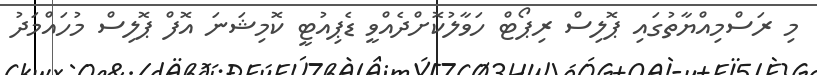
މި ރަސްމިއްޔާތުގައި ޕޮލިސް ރިޕޯޓް ހަވާލުކޮށްދެއްވީ ޑެޕިއުޓީ ކޮމިޝަނަ އޮފް ޕޮލިސް މުހައްމަދު